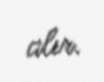
alır.